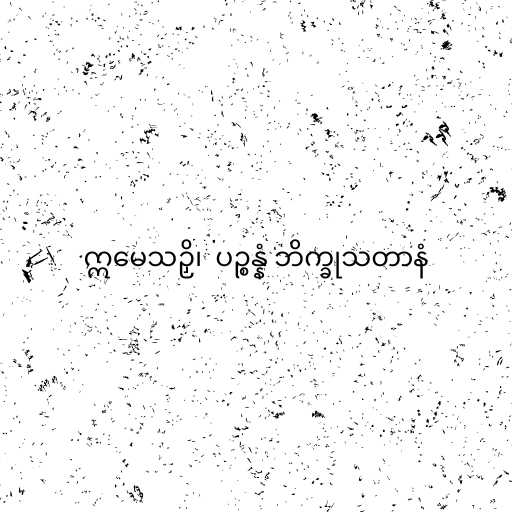
ဣမေသဉှိ၊  ပဉ္စန္နံ ဘိက္ခုသတာနံ